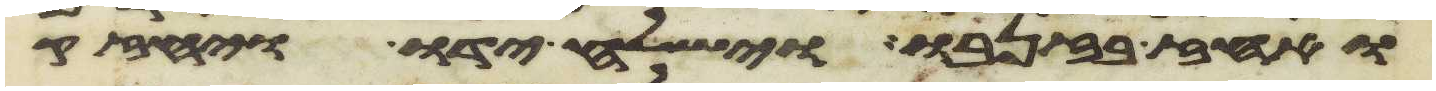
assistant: ואחז בזנבו וישלח ידו ויחזק